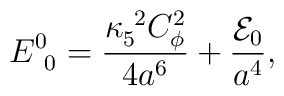
E^0_{~0} = {\kappa_5^{~2}C_\phi^2 \over 4 a^6} + {{\cal E}_0 \over a^4},